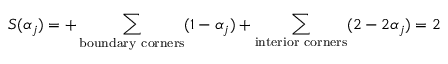
{ \cal S } ( \alpha _ { j } ) = + \sum _ { \mathrm { b o u n d a r y ~ c o r n e r s } } ( 1 - \alpha _ { j } ) + \sum _ { \mathrm { i n t e r i o r ~ c o r n e r s } } ( 2 - 2 \alpha _ { j } ) = 2